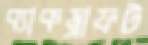
ব্যাকড্রাফট